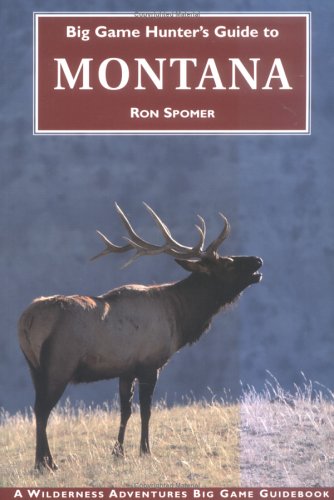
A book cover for Big Game Hunter's Guide to Montana (Big Game Hunting Guide Series); Ron Spomer; Travel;